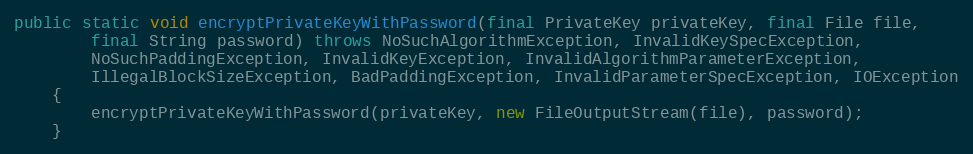
Language: Java
public static void encryptPrivateKeyWithPassword(final PrivateKey privateKey, final File file,
		final String password) throws NoSuchAlgorithmException, InvalidKeySpecException,
		NoSuchPaddingException, InvalidKeyException, InvalidAlgorithmParameterException,
		IllegalBlockSizeException, BadPaddingException, InvalidParameterSpecException, IOException
	{
		encryptPrivateKeyWithPassword(privateKey, new FileOutputStream(file), password);
	}